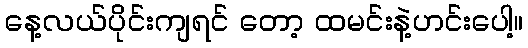
နေ့လယ်ပိုင်းကျရင် တော့ ထမင်းနဲ့ဟင်းပေါ့။